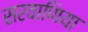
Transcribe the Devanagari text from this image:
सरवाणिया